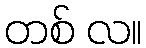
တစ် လ။